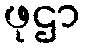
ဖုဌာ